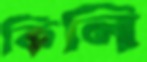
কিলি